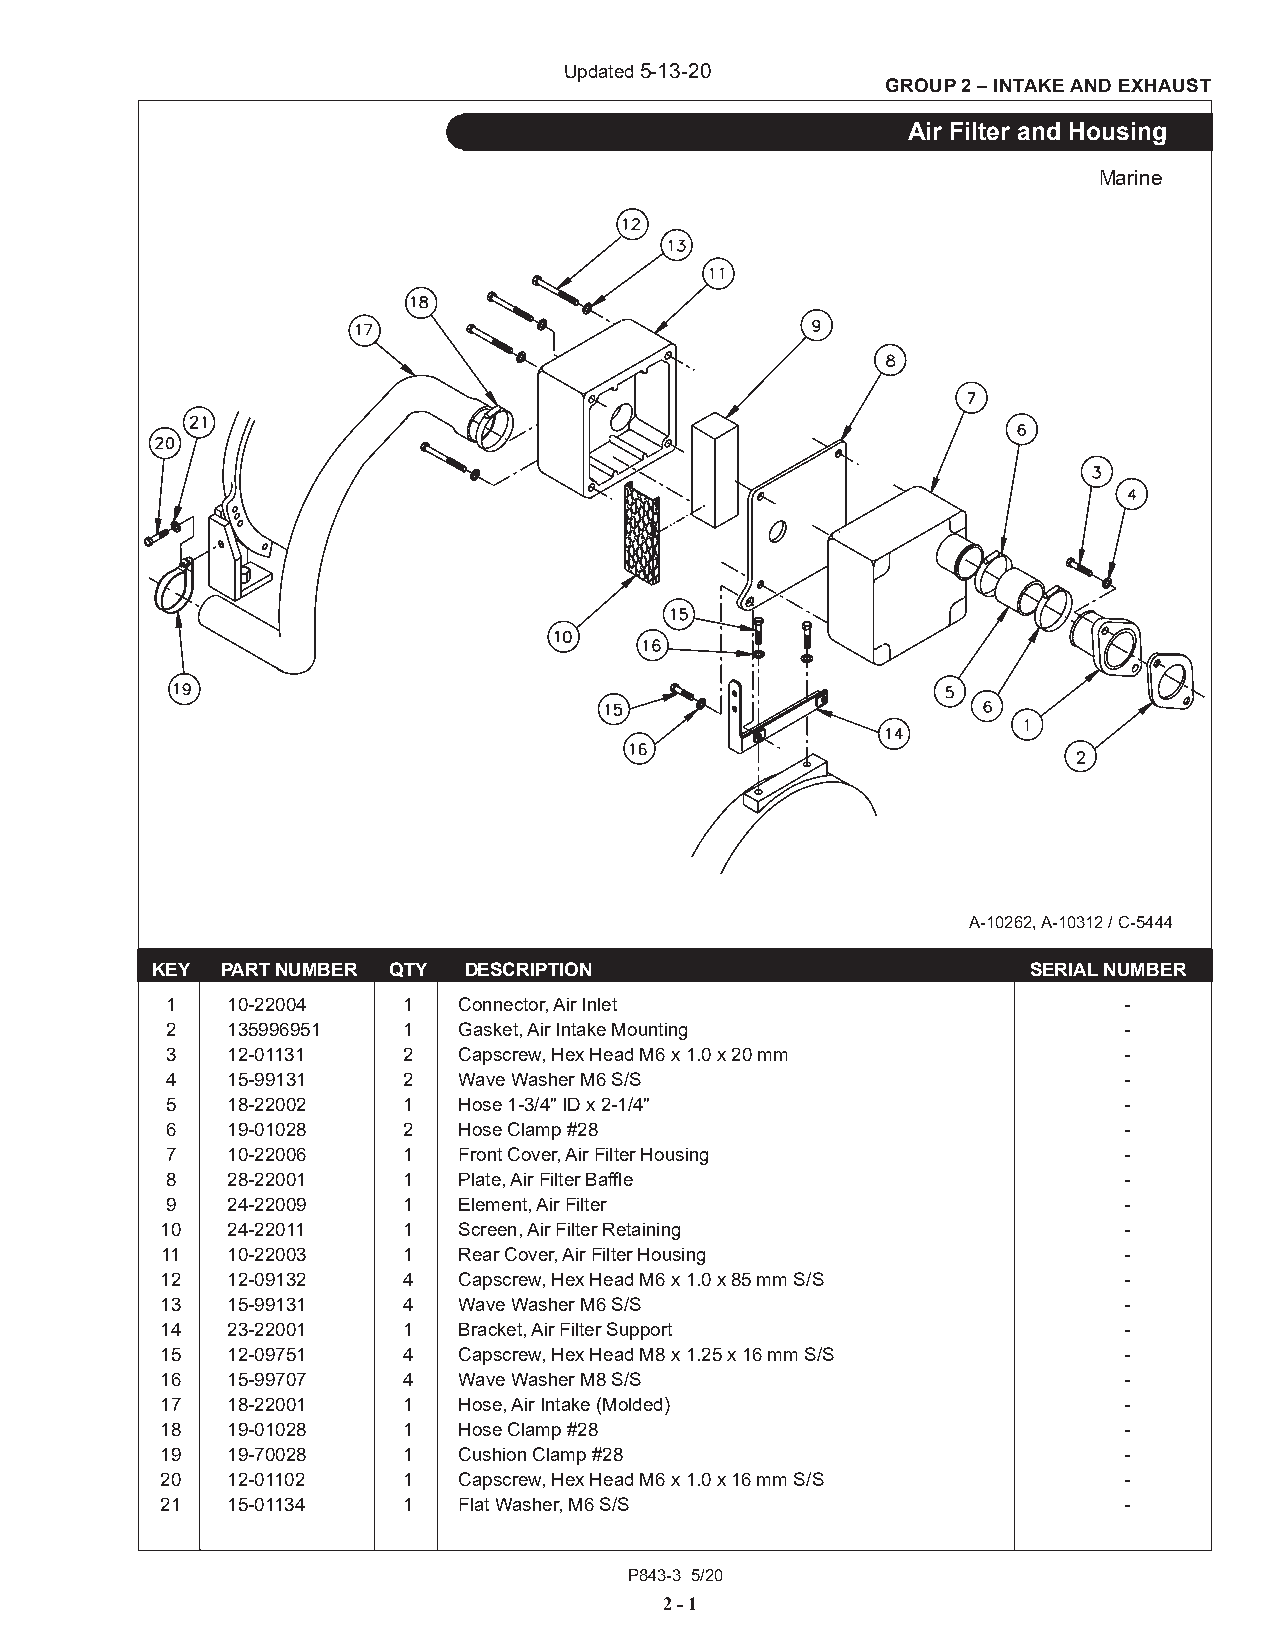
Updated 5-13-20
 GROUP 2 – INTAKE AND EXHAUST
 Air Filter and Housing
 Marine
 A-10262, A-10312 / C-5444
 KEY  PART NUMBER QTY DESCRIPTION                          SERIAL NUMBER
 1   10-22004    1  Connector, Air Inlet                        -
 2   135996951   1  Gasket, Air Intake Mounting                 -
 3   12-01131    2  Capscrew, Hex Head M6 x 1.0 x 20 mm         -
 4   15-99131    2  Wave Washer M6 S/S                          -
 5   18-22002    1  Hose 1-3/4" ID x 2-1/4"                     -
 6   19-01028    2  Hose Clamp #28                              -
 7   10-22006    1  Front Cover, Air Filter Housing             -
 8   28-22001    1  Plate, Air Filter Baffle                    -
 9   24-22009    1  Element, Air Filter                         -
 10  24-22011    1  Screen, Air Filter Retaining                -
 11  10-22003    1  Rear Cover, Air Filter Housing              -
 12  12-09132    4  Capscrew, Hex Head M6 x 1.0 x 85 mm S/S     -
 13  15-99131    4  Wave Washer M6 S/S                          -
 14  23-22001    1  Bracket, Air Filter Support                 -
 15  12-09751    4  Capscrew, Hex Head M8 x 1.25 x 16 mm S/S    -
 16  15-99707    4  Wave Washer M8 S/S                          -
 17  18-22001    1  Hose, Air Intake (Molded)                   -
 18  19-01028    1  Hose Clamp #28                              -
 19  19-70028    1  Cushion Clamp #28                           -
 20  12-01102    1  Capscrew, Hex Head M6 x 1.0 x 16 mm S/S     -
 21  15-01134    1  Flat Washer, M6 S/S                         -
 P843-3 5/20
 2 - 1